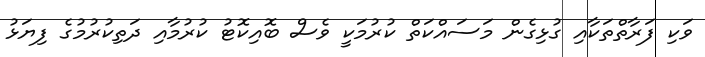
ވަކި ފަރާތްތަކާއި ގުޅިގެން މަސައްކަތް ކުރުމަކީ ވެސް ބޮއިކޮޓު ކުރުމާއި ދަތިކުރުމުގެ ފިޔަަޅު